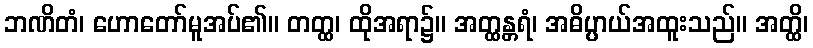
ဘဏိတံ၊ ဟောတော်မူအပ်၏။ တတ္ထ၊ ထိုအရာ၌။ အတ္ထန္တရံ၊ အဓိပ္ပာယ်အထူးသည်။ အတ္ထိ၊